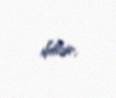
bilər.